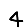
Digit: 4